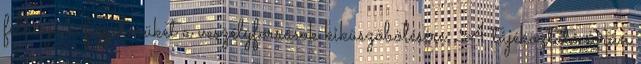
felhívja a figyelmüket a veszélyforrások kiküszöbölésére. A tájékoztató során